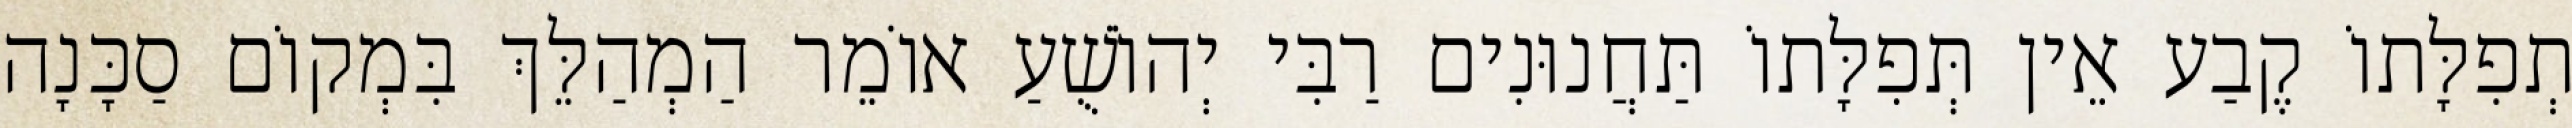
תְפִלָּתוֹ קֶבַע אֵין תְּפִלָּתוֹ תַּחֲנוּנִים רַבִּי יְהוֹשֻׁעַ אוֹמֵר הַמְהַלֵּךְ בִּמְקוֹם סַכָּנָה